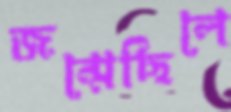
জন্মেছিলে